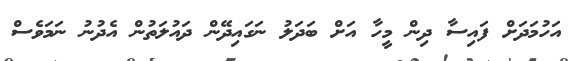
އަހުމަދަށް ފައިސާ ދިން މީހާ އަށް ބަދަލު ނަގައިދޭން ދައުލަތުން އެދުނު ނަމަވެސް